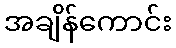
အချိန်ကောင်း